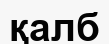
қалб